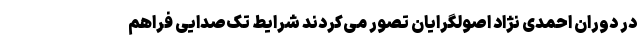
در دوران احمدی نژاد اصولگرایان تصور می‌کردند شرایط تک‌صدایی فراهم